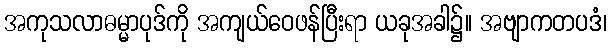
အကုသလာဓမ္မာပုဒ်ကို အကျယ်ဝေဖန်ပြီးရာ ယခုအခါ၌။ အဗျာကတပဒံ၊